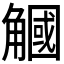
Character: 𧤯